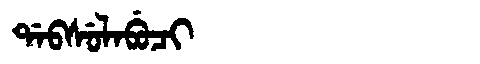
Manchu: ᡩᠠᠪᠰᡠᠯᠠᠪᡠᠴᡳ
Romanization: DABSULABUCI